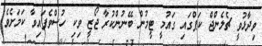
ވިދާޅުވީ ޗެލެންޖް ކަޕްގައި ގައުމީ ޓީމުން ބޭނުންކުރާ ޖޯޒީ ވިކި ހުސްވެފައިވާ ކަމަށެވެ.